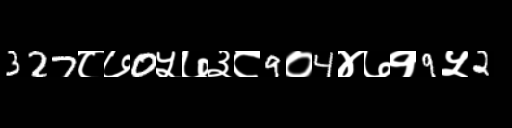
Text: 327८७0५७३८9०4४७१9५2